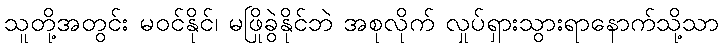
သူတို့အတွင်း မဝင်နိုင်၊ မဖြိုခွဲနိုင်ဘဲ အစုလိုက် လှုပ်ရှားသွားရာနောက်သို့သာ